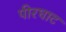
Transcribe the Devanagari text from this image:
पीरघाट